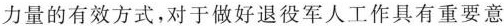
力量的有效方式，对于做好退役军人工作具有重要意